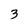
Character: 3